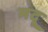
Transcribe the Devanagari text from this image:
मदू